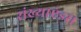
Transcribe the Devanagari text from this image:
संख्याएंइस